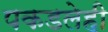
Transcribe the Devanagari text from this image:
पकडलेही